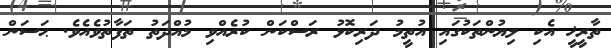
ތާރީޚީ އެކި ލިޔުންތަކުގައި އުތީމު ދަރިކޮޅު ރަސްކަން ކުރެއްވި މުއްދަތު ތަފާތުވެއެވެ. ޙަސަން